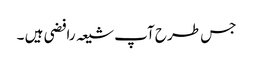
جس طرح آپ شیعہ رافضی ہیں ۔